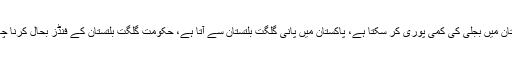
گلگت بلتستان کی معاشی حالت کو بہتر بنانا چاہئے، گلگت بلتستان پاکستان میں بجلی کی کمی پوری کر سکتا ہے، پاکستان میں پانی گلگت بلتستان سے آتا ہے، حکومت گلگت بلتستان کے فنڈز بحال کرنا چاہتی ہے، گلگت بلتستان کے لوگوں کو روزگار کے مواقع ملنے چاہئیں ۔